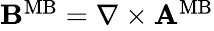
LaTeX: \begin{array}{r}{{\mathbf B}^{\mathrm{MB}}=\nabla\times{\mathbf A}^{\mathrm{MB}}}\end{array}